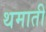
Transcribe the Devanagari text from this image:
थमाती